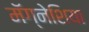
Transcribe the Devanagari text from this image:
मॅग्नेशिया